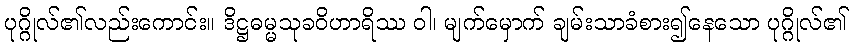
ပုဂ္ဂိုလ်၏လည်းကောင်း။ ဒိဋ္ဌဓမ္မသုခဝိဟာရိဿ ဝါ၊ မျက်မှောက် ချမ်းသာခံစား၍နေသော ပုဂ္ဂိုလ်၏